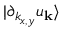
| \partial _ { k _ { x , y } } u _ { \mathbf { k } } \rangle